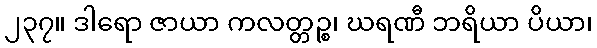
၂၃၇။ ဒါရော ဇာယာ ကလတ္တဉ္စ၊ ဃရဏီ ဘရိယာ ပိယာ၊